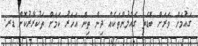
ގައުމަށް ވަރަށް ބޮޑެތި ގެއްލުންތަކެއް ދިން ތިން އަހަރު ކަމަށް ތަކުރާރުކޮށް ޑރ.